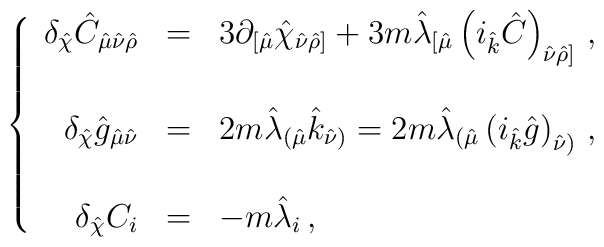
\left\{\begin{array}{rcl}\delta_{\hat{\chi}} \hat{C}_{\hat{\mu}\hat{\nu}\hat{\rho}}& = & 3\partial_{[\hat{\mu}}\hat{\chi}_{\hat{\nu}\hat{\rho}]}+3m \hat{\lambda}_{[\hat{\mu}}\left(i_{\hat{k}}\hat{C} \right)_{\hat{\nu}\hat{\rho}]}\, , \\& & \\\delta_{\hat{\chi}} \hat{g}_{\hat{\mu}\hat{\nu}} & = & 2m \hat{\lambda}_{(\hat{\mu}}\hat{k}_{\hat{\nu})}=2m \hat{\lambda}_{(\hat{\mu}}\left(i_{\hat{k}}\hat{g}\right)_{\hat{\nu})}\, ,\\& & \\\delta_{\hat{\chi}}C_{i} & = & -m\hat{\lambda}_{i}\, , \\ \end{array}\right.